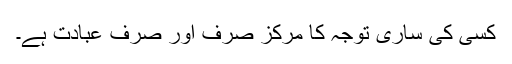
کسی کی ساری توجہ کا مرکز صرف اور صرف عبادت ہے۔